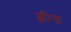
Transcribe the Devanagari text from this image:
ड्वीना